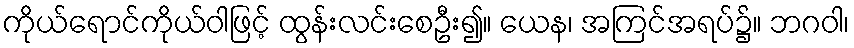
ကိုယ်ရောင်ကိုယ်ဝါဖြင့် ထွန်းလင်းစေဦး၍။ ယေန၊ အကြင်အရပ်၌။ ဘဂဝါ၊